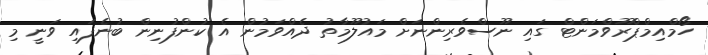
ހޯމްއިމްޕްރޫވްމަންޓް ގައި ނޫސްވެރިންނަށް މައުލޫމާތު ދެއްވަމުން އެ ކުންފުނިން ބުނެފައި ވަނީ މި